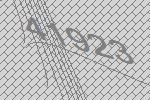
41923